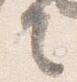
言